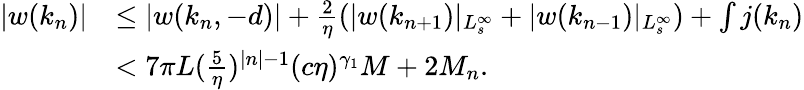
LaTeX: \begin{array}{rl}{\vert w(k_{n})\vert}&{\le\vert w(k_{n},-d)\vert+\frac 2\eta(\vert w(k_{n+1})\vert_{L_{s}^{\infty}}+\vert w(k_{n-1})\vert_{L_{s}^{\infty}})+\int j(k_{n})}\\ &{<7\pi L(\frac 5\eta)^{\vert n\vert-1}(c\eta)^{\gamma_{1}}M+2M_{n}.}\end{array}